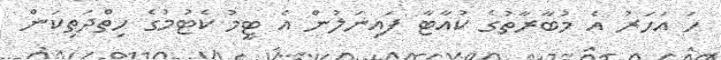
ހަ އަހަރު އެ މުބާރާތުގެ ކުއާޓާ ފައިނަލުން އެ ޓީމު ކެޓުމުގެ ހިތްދަތިކަން